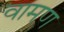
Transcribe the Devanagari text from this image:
वामण